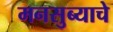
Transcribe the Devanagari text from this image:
मनसुब्याचे